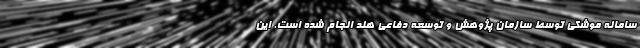
سامانه موشکی توسط سازمان پژوهش و توسعه دفاعی هند انجام شده است. این